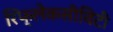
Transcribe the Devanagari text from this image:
रिफ्लेकसीविटी